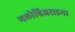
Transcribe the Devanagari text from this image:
गलोबिजराइना